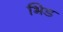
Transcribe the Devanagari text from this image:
भिड